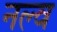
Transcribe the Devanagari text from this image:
नल्व